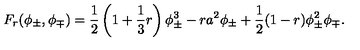
F _ { r } ( \phi _ { \pm } , \phi _ { \mp } ) = \frac { 1 } { 2 } \left( 1 + \frac { 1 } { 3 } r \right) \phi _ { \pm } ^ { 3 } - r a ^ { 2 } \phi _ { \pm } + \frac { 1 } { 2 } ( 1 - r ) \phi _ { \pm } ^ { 2 } \phi _ { \mp } .